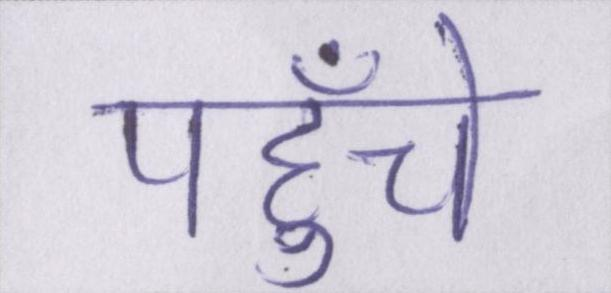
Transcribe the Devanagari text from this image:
पहुँचे